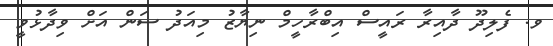
ވ. ފެލިދޫ ދާއިރާ ރައީސް އިބްރާހީމް ނިޔާޒު މިއަދު ސަން އަށް ވިދާޅުވީ